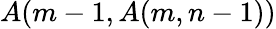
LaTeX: A(m-1,A(m,n-1))